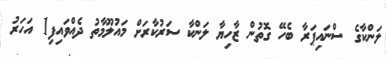
ލަންކާގެ ސްނައިޕަރާ ބެހޭ ގޮތުން ޒާހިޔާ ލަންކާ ސަރުކާރަށް މައުލޫމާތު ދެއްވައިފި1 އަހަރު